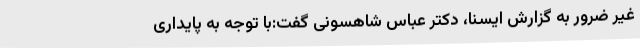
غیر ضرور به گزارش ایسنا، دکتر عباس شاهسونی گفت:با توجه به پایداری